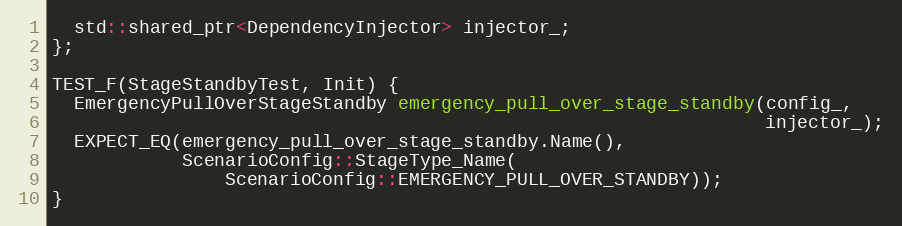
Language: C++
  std::shared_ptr<DependencyInjector> injector_;
};

TEST_F(StageStandbyTest, Init) {
  EmergencyPullOverStageStandby emergency_pull_over_stage_standby(config_,
                                                                  injector_);
  EXPECT_EQ(emergency_pull_over_stage_standby.Name(),
            ScenarioConfig::StageType_Name(
                ScenarioConfig::EMERGENCY_PULL_OVER_STANDBY));
}